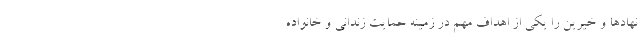
نهادها و خیرین را یکی از اهداف مهم در زمینه حمایت زندانی و خانواده